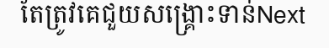
តែត្រូវគេជួយសង្គ្រោះទាន់Next